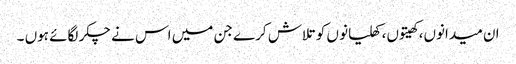
ان میدانوں، کھیتوں، کھلیانو ں کو تلاش کرے جن میں اس نے چکر لگائے ہوں ۔